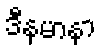
ဒီနမာနာ